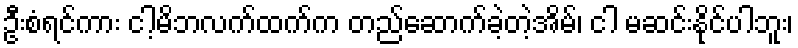
ဦးစံရင်ကား ငါ့မိဘလက်ထက်က တည်ဆောက်ခဲ့တဲ့အိမ်၊ ငါ မဆင်းနိုင်ပါဘူး၊